Vital statistics of India. Vol. V, Reports of 1876 on armies & jails and on epidemic cholera
Year: 1876
Disease focus: Cholera
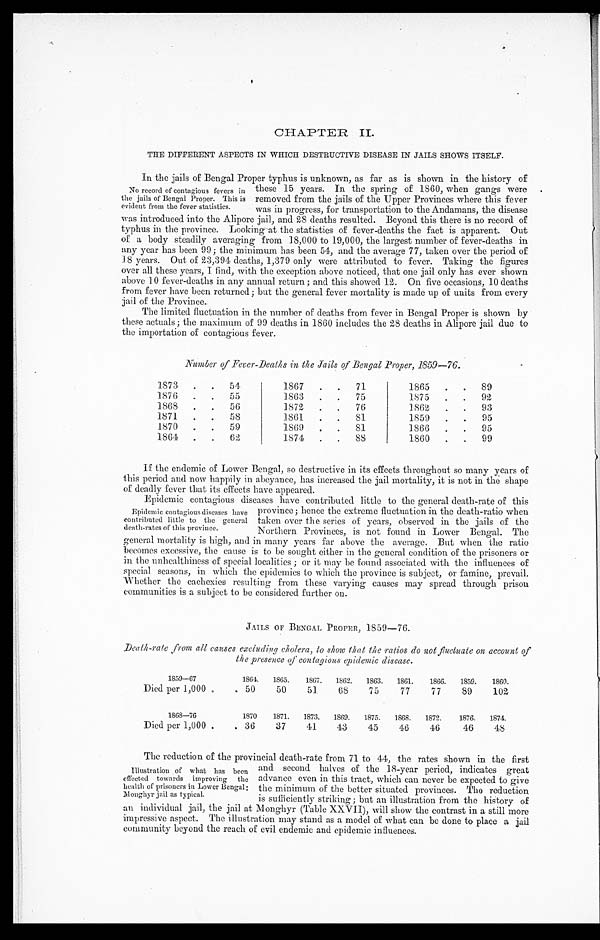
CHAPTER II.
THE DIFFERENT ASPECTS IN WHICH DESTRUCTIVE DISEASE IN JAILS SHOWS ITSELF.
In the jails of Bengal Proper typhus is unknown, as far as is shown in the history of
these 15 years. In the spring of 1860, when gangs were
removed from the jails of the Upper Provinces where this fever
was in progress, for transportation to the Andamans, the disease
was introduced into the Alipore jail, and 28 deaths resulted. Beyond this there is no record of
typhus in the province. Looking at the statistics of fever-deaths the fact is apparent. Out
of a body steadily averaging from 18,000 to 19,000, the largest number of fever-deaths in
any year has been 99; the minimum has been 54, and the average 77, taken over the period of
18 years. Out of 23,394 deaths, 1,379 only were attributed to fever. Taking the figures
over all these years, I find, with the exception above noticed, that one jail only has ever shown
above 10 fever-deaths in any annual return; and this showed 12. On five occasions, 10 deaths
from fever have been returned; but the general fever mortality is made up of units from every
jail of the Province.
The limited fluctuation in the number of deaths from fever in Bengal Proper is shown by
these actuals; the maximum of 99 deaths in 1860 includes the 28 deaths in Alipore jail due to
the importation of contagious fever.
Number of Fever-Deaths in the Jails of Bengal Proper, 1859—76.
1873
5 4
1867
7 1
1865
89
1876
55
1863
75
1875
92
1868
56
1872
76
1862
93
1871
58
1861
81
1859
95
1 8 7 0
5 9
1 8 6 9 8 1
1 8 6 6
9 5
1864
62
1874
88
1860
99
If the endemic of Lower Bengal, so destructive in its effects throughout so many years of
this period and now happily in abeyance, has increased the jail mortality, it is not in the shape
of deadly fever that its effects have appeared.
Epidemic contagious diseases have contributed little to the general death-rate of this
province; hence the extreme fluctuation in the death-ratio when
taken over the series of years, observed in the jails of the
Northern Provinces, is not found in Lower Bengal. The
general mortality is high, and in many years far above the average. But when the ratio
becomes excessive, the cause is to be sought either in the general condition of the prisoners or
in the unhealthiness of special localities; or it may be found associated with the influences of
special seasons, in which the epidemics to which the province is subject, or famine, prevail.
Whether the cachexies resulting from these varying causes may spread through prison
communities is a subject to be considered further on.
JAILS OF BENGAL PROPER, 1859—76.
Death-rate from all causes excluding cholera, to show that the ratios do not fluctuate on account of
the presence of contagious epidemic disease.
1859—67
1864. 1865.
1867. 1862. 1863. 1861.
1866. 1859.
1860.
Died per 1,000
50
50
51
68
75
77
77
89
102
1868—76
1870
1871. 1873. 1869. 1875. 1868. 1872.
1876. 1874.
Died per 1,000
36
37
41
43
45
46
46
46
48
The reduction of the provincial death-rate from 71 to 44, the rates shown in the first
and second halves of the 18-year period, indicates great
advance even in this tract, which can never be expected to give
the minimum of the better situated provinces. The reduction
is sufficiently striking; but an illustration from the history of
an individual jail, the jail at Monghyr (Table XXVII), will show the contrast in a still more
impressive aspect. The illustration may stand as a model of what can be done to place a jail
community beyond the reach of evil endemic and epidemic influences.
No record of contagious fevers in
the jails of Bengal Proper. This is
evident from the fever statistics.
Epidemic contagious diseases have
contributed little to the general
death-rates of this province.
Illustration of what has been
effected towards improving the
health of prisoners in Lower Bengal
: M o u g h y r j a i l a s t y p i c a l .